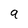
Character: 9